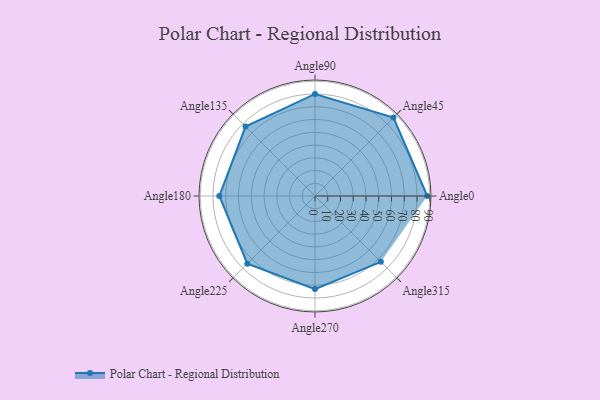
{"axis": {"x": "Angle", "y": "Radius"}, "legend": [""], "data": [{"x": "Angle0", "y": 88.0, "type": ""}, {"x": "Angle45", "y": 87.0, "type": ""}, {"x": "Angle90", "y": 80.0, "type": ""}, {"x": "Angle135", "y": 77.0, "type": ""}, {"x": "Angle180", "y": 75.0, "type": ""}, {"x": "Angle225", "y": 75.0, "type": ""}, {"x": "Angle270", "y": 73.0, "type": ""}, {"x": "Angle315", "y": 73.0, "type": ""}]}